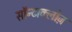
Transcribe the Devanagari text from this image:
सॉन्टाक्लोज़